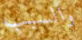
والسبب